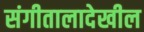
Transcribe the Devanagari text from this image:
संगीतालादेखील